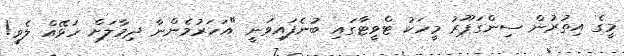
މީގެ އިތުރުން ސިންގަޕޫރު މީހަކު ޓްވީޓާގައި ބުނެފައިވަނީ "އަހަރުމެންނާ ދިމާލަށް ހަޅޭއް ލެވީ!